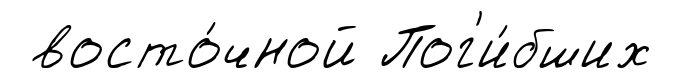
восто́чной Пог'и́бших